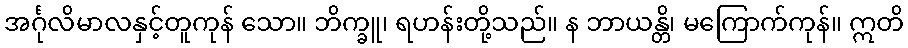
အင်္ဂုလိမာလနှင့်တူကုန် သော။ ဘိက္ခူ၊ ရဟန်းတို့သည်။ န ဘာယန္တိ၊ မကြောက်ကုန်။ ဣတိ